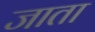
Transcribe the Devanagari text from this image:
जाता